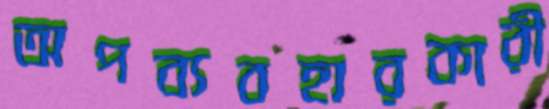
অপব্যবহারকারী